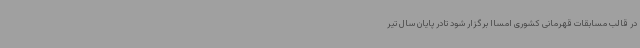
در قالب مسابقات قهرمانی کشوری امساا برگزار شود تادر پایان سال تیر